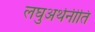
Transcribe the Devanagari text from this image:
लघुअर्थनीति